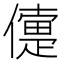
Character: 𠏴